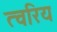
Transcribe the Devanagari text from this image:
त्वरिय